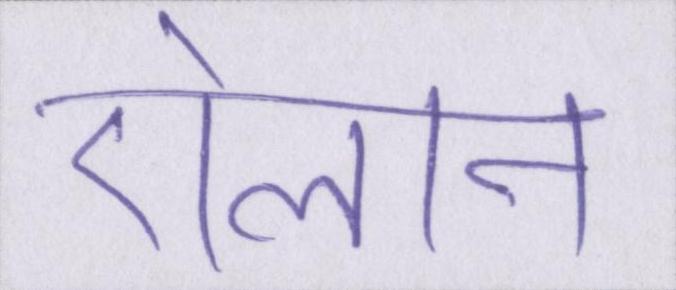
ऐलान